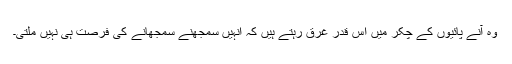
وہ آنے پائیوں کے چکر میں اس قدر غرق رہتے ہیں کہ انہیں سمجھنے سمجھانے کی فرصت ہی نہیں ملتی۔